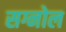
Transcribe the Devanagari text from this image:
सग्नोल